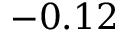
- 0 . 1 2